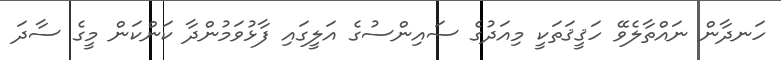
ހަނދާން ނައްތާލެވޭ ހަޤީޤަތަކީ މިއަދުގެ ސައިންސުގެ އަލީގައި ފާޅުވަމުންދާ ކަންކަން މީގެ ސާދަ